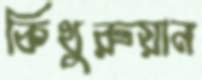
কিথুরুয়ান